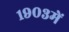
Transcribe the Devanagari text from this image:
१९०३में